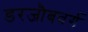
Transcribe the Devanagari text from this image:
डरजौबवर्ग